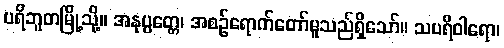
ပရိဘူတမြို့သို့။ အနုပ္ပတ္တေ၊ အစဉ်ရောက်တော်မူသည်ရှိသော်။ သပရိဝါရော၊